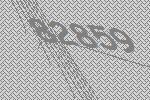
82859